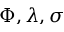
\Phi , \lambda , \sigma